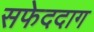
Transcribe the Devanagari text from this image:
सफेददाग